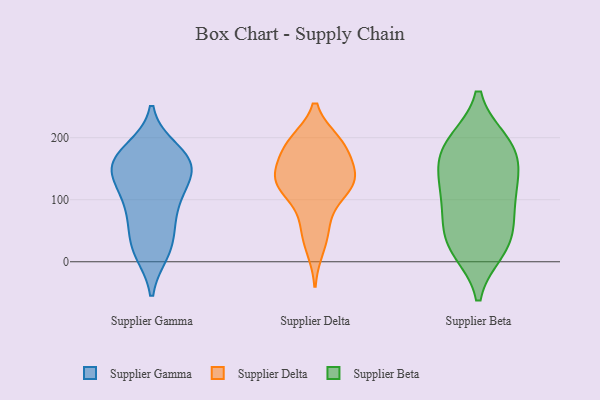
{"axis": {"x": "Market Share (%)", "y": "Value"}, "legend": ["Supplier Beta", "Supplier Delta", "Supplier Gamma"], "data": [{"x": "", "y": 161, "type": "Supplier Gamma"}, {"x": "", "y": 169, "type": "Supplier Gamma"}, {"x": "", "y": 81, "type": "Supplier Gamma"}, {"x": "", "y": 160, "type": "Supplier Gamma"}, {"x": "", "y": 152, "type": "Supplier Gamma"}, {"x": "", "y": 17, "type": "Supplier Gamma"}, {"x": "", "y": 143, "type": "Supplier Gamma"}, {"x": "", "y": 112, "type": "Supplier Gamma"}, {"x": "", "y": 179, "type": "Supplier Gamma"}, {"x": "", "y": 149, "type": "Supplier Gamma"}, {"x": "", "y": 69, "type": "Supplier Gamma"}, {"x": "", "y": 23, "type": "Supplier Gamma"}, {"x": "", "y": 105, "type": "Supplier Gamma"}, {"x": "", "y": 29, "type": "Supplier Gamma"}, {"x": "", "y": 123, "type": "Supplier Delta"}, {"x": "", "y": 189, "type": "Supplier Delta"}, {"x": "", "y": 22, "type": "Supplier Delta"}, {"x": "", "y": 193, "type": "Supplier Delta"}, {"x": "", "y": 193, "type": "Supplier Delta"}, {"x": "", "y": 63, "type": "Supplier Delta"}, {"x": "", "y": 133, "type": "Supplier Delta"}, {"x": "", "y": 117, "type": "Supplier Delta"}, {"x": "", "y": 50, "type": "Supplier Delta"}, {"x": "", "y": 138, "type": "Supplier Delta"}, {"x": "", "y": 110, "type": "Supplier Delta"}, {"x": "", "y": 184, "type": "Supplier Delta"}, {"x": "", "y": 141, "type": "Supplier Delta"}, {"x": "", "y": 126, "type": "Supplier Delta"}, {"x": "", "y": 144, "type": "Supplier Delta"}, {"x": "", "y": 181, "type": "Supplier Delta"}, {"x": "", "y": 191, "type": "Supplier Beta"}, {"x": "", "y": 97, "type": "Supplier Beta"}, {"x": "", "y": 79, "type": "Supplier Beta"}, {"x": "", "y": 31, "type": "Supplier Beta"}, {"x": "", "y": 52, "type": "Supplier Beta"}, {"x": "", "y": 169, "type": "Supplier Beta"}, {"x": "", "y": 24, "type": "Supplier Beta"}, {"x": "", "y": 128, "type": "Supplier Beta"}, {"x": "", "y": 147, "type": "Supplier Beta"}, {"x": "", "y": 186, "type": "Supplier Beta"}, {"x": "", "y": 192, "type": "Supplier Beta"}, {"x": "", "y": 118, "type": "Supplier Beta"}, {"x": "", "y": 20, "type": "Supplier Beta"}]}